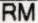
RM